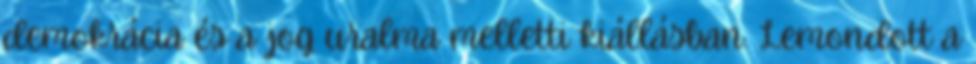
demokrácia és a jog uralma melletti kiállásban. Lemondott a